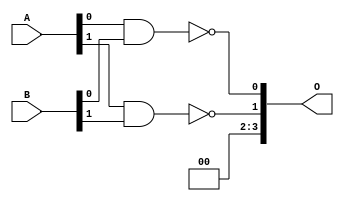
module NAND1 (A, B, O);
		input [1:0] A;
		input [1:0] B;	
		output [3:0] O;
		assign O[2] = 0;
		assign O[3] = 0;
		nand first(O[0], A[0], B[0]);
		nand second(O[1], A[1], B[1]);
endmodule